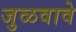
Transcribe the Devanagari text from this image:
जुळवावे